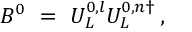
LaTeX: B ^ { 0 } \ = \ U _ { L } ^ { 0 , l } U _ { L } ^ { 0 , n \dagger } \, ,